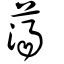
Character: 蕩